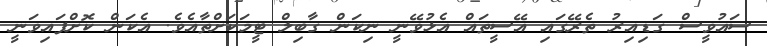
ސައުވީސް ގަޑިއިރު ތެރޭގައި އޭސީތައް އެޅުވޭނީ ނިކަން ގާބިލް ޓީމަކަށްތާއެވެ. އެކަން ކޮށްފައިވަނީ